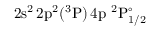
\mathrm { 2 s ^ { 2 } \, 2 p ^ { 2 } ( ^ { 3 } P ) \, 4 p ~ ^ { 2 } P _ { 1 / 2 } ^ { \circ } }